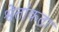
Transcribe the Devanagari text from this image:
श्वेतांकता